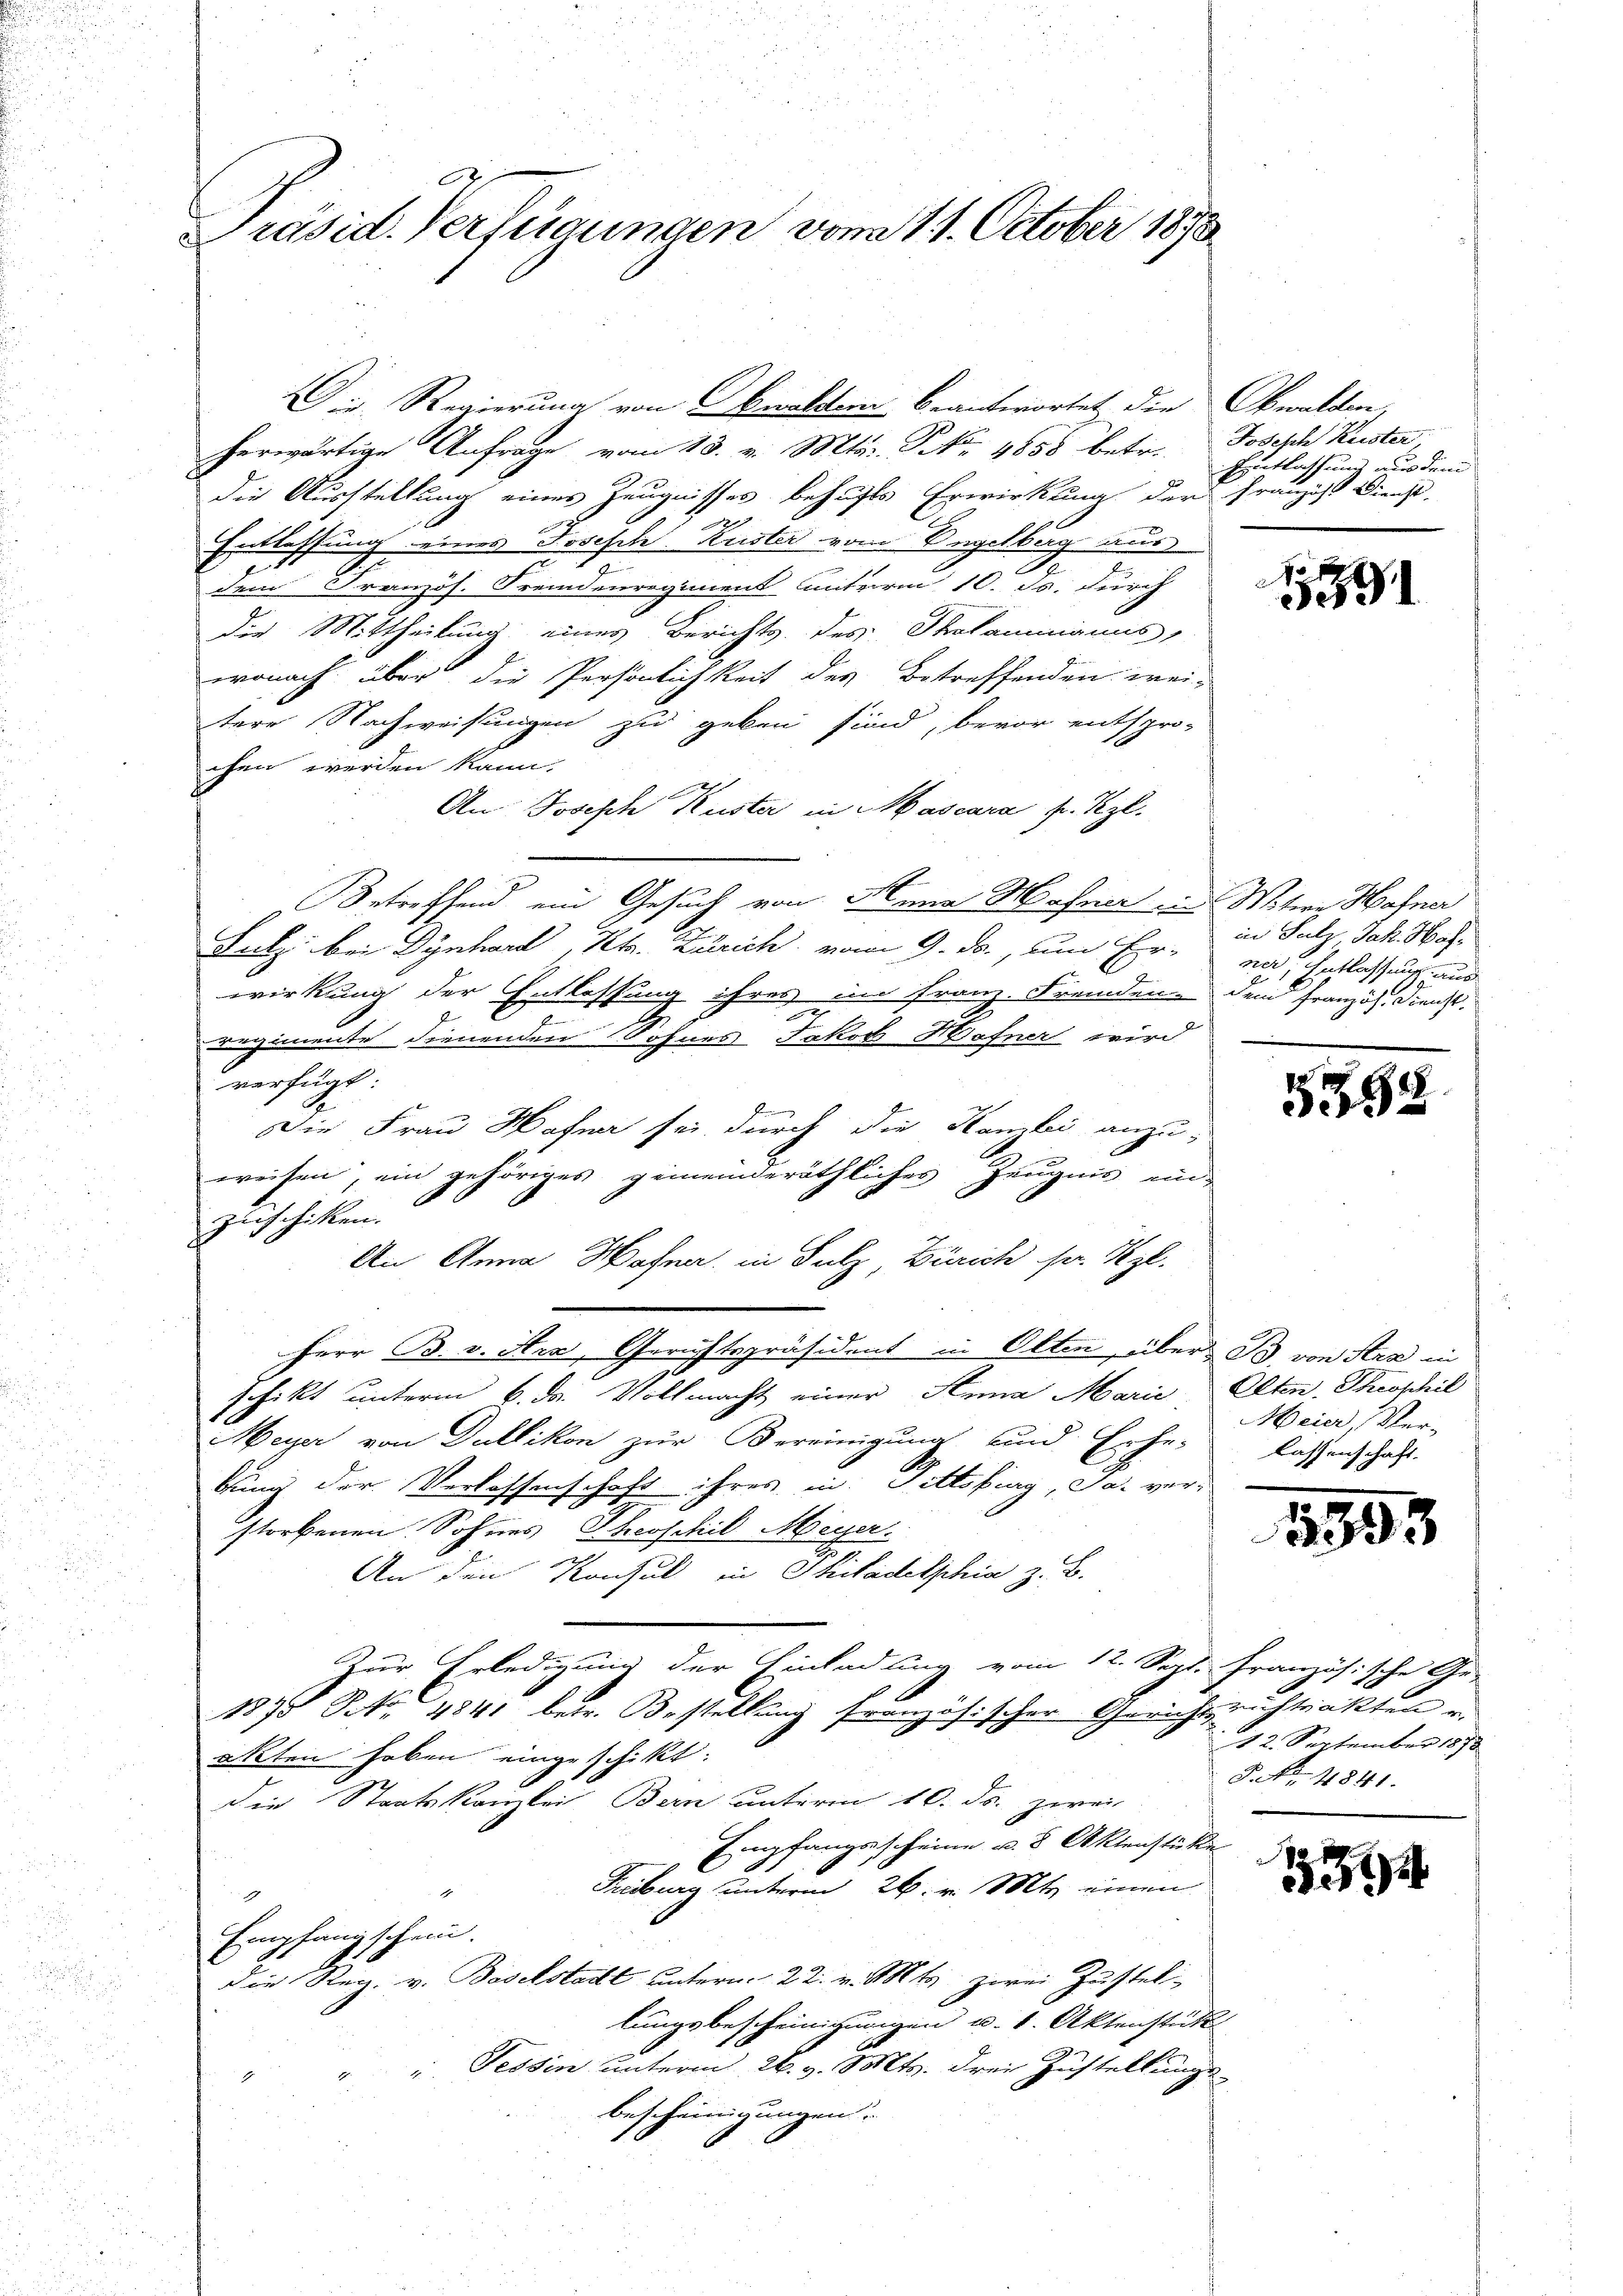
x
Präsid. Verfügungen vom 11. October 1890

Die Regierung von Obwaldem beantwortet die Obwalden,

herwärtige Anfrage vom 13. v. Mts. Frk. 1858 betr. Joseph Reister
die Ausstellung eines Zeugnisses behufs Erwirkung der Franzist Dienst.
Entlassung eines Joseph Kuster vom Vegetberg aus
2
dem Französ. Fremdenregiment unterm 10. ds. durch
Die Mittheilung eines Berichts des Stolammanns
wonach über die Persönlichkeit des Betreffenden wei-
tere Nachweisungen zu geben sind, bevor entspro-
chen werden kann.
An Joseph Kuster in Mascara fr. Kzl.
Betreffend ein Gesuch von Anna Hafner u. Witwe Hafner
Sutz bei Dynhard, Kts. Zürich vom 9. ds., um Er-
wirkung der Entlassung ihres im Franz-Fremden dem Französ. Dienst
d
Regimente dienenden Sohnes Jakob Hafner wird
verfügt:
Die Frau Hafner sei durch die Kanzlei anzu-

weisen, ein gehöriges gemeinderäthliches Zeugnis un-
Zuschiken.
An Anna Hafner, in Sulz, Zürich sr. Kgl.
Herr B. v. Arx, Gerichtspräsident in Olten über B. von Star in
Jchikt unterm 6. ds. Vollmacht einer Anna Marie Olten Theophil
Meyer von Dullikon zur Bereinigung und Erhe-
bung der Verlassenschaft ihres in Fittibrag, Ja. ver-
storbenen Sohnes Theoschil Meyer.
g
An den Konsul in Philadelphia z. B.
Zur Erledigung der Einladung vom 12. Septi französische Ge-
1875 S. No 4841 betr. Bestellung französischer Gerichtsrichtsakten u.
akten haben eingeschikt.
die Staatskanzlei Bern unterm 10. ds. zwei
Empfangsscheine u. 5 Aktenstüke
Freiburg unterm 26. v. Mts. einen
1
Empfangschein.
die Reg. v. Baselstadt unterm 22. v. Mts. zwei Zustel-
lungsbescheinigungen u. v. Aktenstück
" " " Tessin unterm 26. v. Mts. drei Zustellungs-
bescheinigungen. |

Entlassung aus den

o
5591

in Jahr Jak. Hofner, Entlassung aus

5398

Meier, Ver-
lassenschaft.

1995

12. September 1878
So 4841.

1